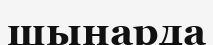
шынарда